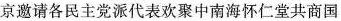
京邀请各民主党派代表欢聚中南海怀仁堂共商国